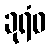
ခုရံဝ